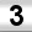
Digit: 3